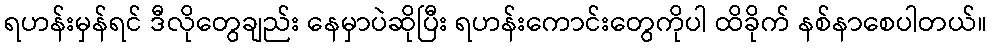
ရဟန်းမှန်ရင် ဒီလိုတွေချည်း နေမှာပဲဆိုပြီး ရဟန်းကောင်းတွေကိုပါ ထိခိုက် နစ်နာစေပါတယ်။